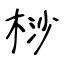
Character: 桫